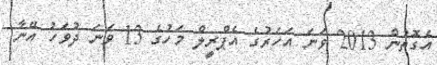
އެގޮތުން 2013 ވަނަ އަހަރުގެ އެޕްރީލް މަހުގެ 13 ވަނަ ދުވަހު އޭނާ